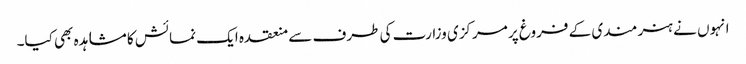
انہوں نے ہنر مندی کے فروغ پر مرکزی وزارت کی طرف سے منعقدہ ایک نمائش کا مشاہدہ بھی کیا۔